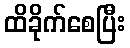
ထိခိုက်စေပြီး